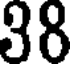
38